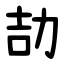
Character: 劼